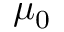
\mu _ { 0 }